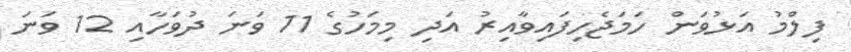
ފިލްމު އަޅުވަން ހަމަޖެހިފައިވާއިރު އަދިި މިމަހުގެ 11 ވަނަ ދުވަހާއި 12 ވަނަ